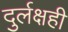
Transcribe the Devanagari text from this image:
दुर्लक्षही